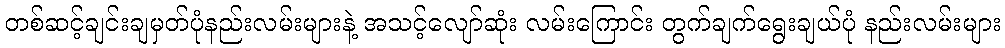
တစ်ဆင့်ချင်းချမှတ်ပုံနည်းလမ်းများနဲ့ အသင့်လျော်ဆုံး လမ်းကြောင်း တွက်ချက်ရွေးချယ်ပုံ နည်းလမ်းများ